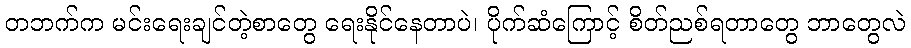
တဘက်က မင်းရေးချင်တဲ့စာတွေ ရေးနိုင်နေတာပဲ၊ ပိုက်ဆံကြောင့် စိတ်ညစ်ရတာတွေ ဘာတွေလဲ